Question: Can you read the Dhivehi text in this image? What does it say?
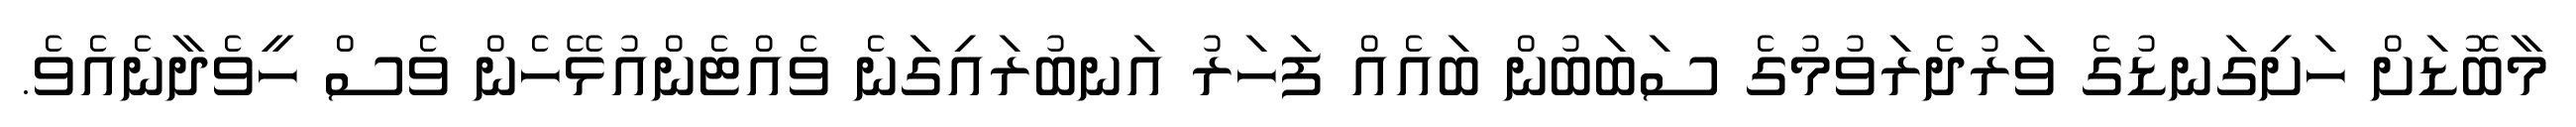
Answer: މާބޮޑަށް ހަށިގަނޑުގެ ވަރުދެރަވުމުގެ ސަބަބުން ބައެއް ފަހަރު އަނބުރައިގަނެ ވެއްޓެންއުޅޭހެން ވެސް ހީވެދާނެއެވެ.